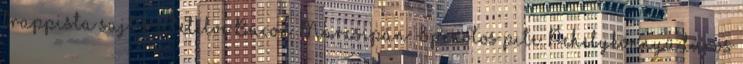
trappista sajt szeletelve Bacon. Marcsipán: Spenótos pite. Pehelykönnyű túrós